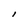
Character: I